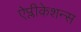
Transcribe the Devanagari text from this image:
ऐप्लीकेशन्स